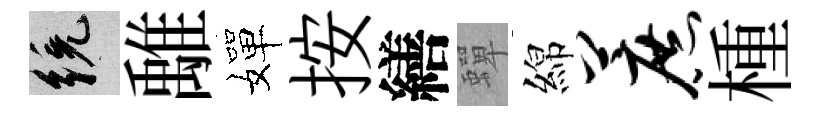
統𩀌嬋按繕蟬綿蔗㮔